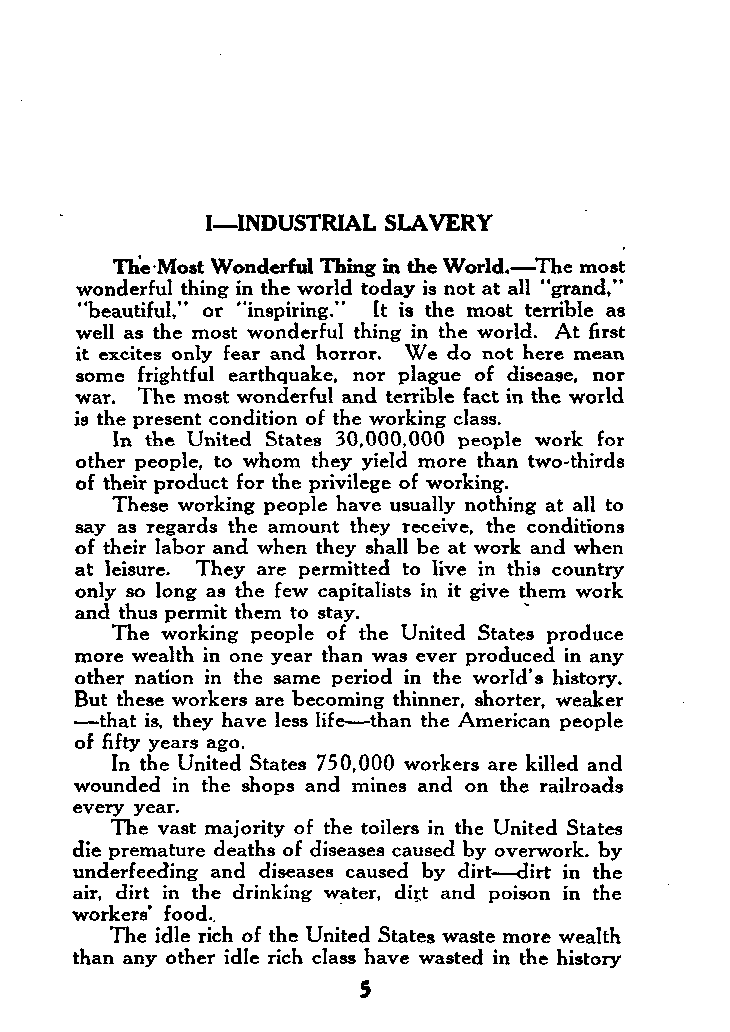
I-INDUSTRIAL SLAVERY
 TheMost Wonderful Thing in the World.-The rnos;
 wonderful thing in the world today is not at all “grand,”
 “beautiful,” or “inspiring.” It is the most terrible as
 well as the most wonderful thing in the world. At first
 it excites only fear and horror. We do not here mean
 some frightful earthquake, nor plague of disease, nor
 war. The most wonderful and terrible fact in the world
 is the present condition of the working class.
 In the United States 30,000,OOO people work for
 other people, to whom they yield more than two-thirds
 of their product for the privilege of working.
 These working people have usually nothing at all to
 say as regards the amount they receive, the conditions
 of their labor and when they shall be at work and when
 at leisure. They are permitted to live in this country
 only so long as the few capitalists in it give them work
 and thus permit them to stay.
 The working people of the United States produce
 more wealth in one year than was ever produced in any
 other nation in the same period in the world’s history.
 But these workers are becoming thinner, shorter, weaker
 -that is, they have less life-than the American people
 of fifty years ago.
 In the United States 750,000 workers are killed and
 wounded in the shops and mines and on the railroads
 every year.
 The vast majority of the toilers in the United States
 die premature deaths of diseases caused by overwork. by
 underfeeding and diseases caused by dirt--dirt in the
 air, dirt in the drinking water, dirt and poison in the
 workers’ food..
 The idle rich of the United States waste more wealth
 than any other idle rich class have wasted in the history
 5